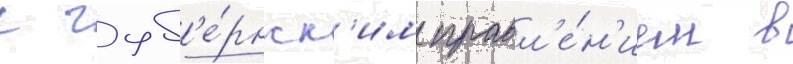
с губ'е́рнск'им правл'е́н'ием в